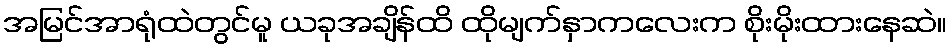
အမြင်အာရုံထဲတွင်မူ ယခုအချိန်ထိ ထိုမျက်နှာကလေးက စိုးမိုးထားနေဆဲ။